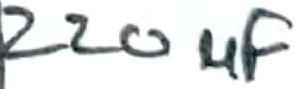
Text: 220µF